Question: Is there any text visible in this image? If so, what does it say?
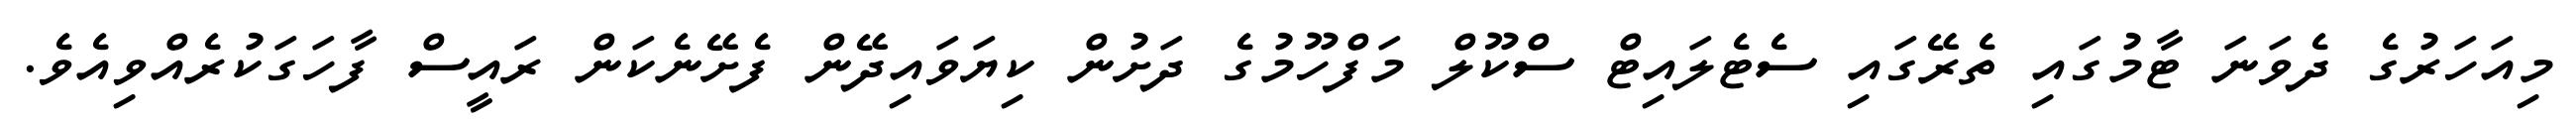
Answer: މިއަހަރުގެ ދެވަނަ ޓާމުގައި ތެރޭގައި ސެޓެލައިޓް ސްކޫލް މަފްހޫމުގެ ދަށުން ކިޔަވައިދޭން ފެށޭނެކަން ރައީސް ފާހަގަކުރެއްވިއެވެ.